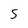
Character: 5